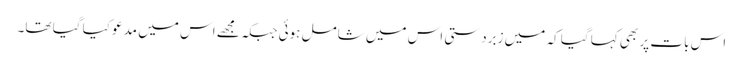
اس بات پر بھی کہا گیا کہ میں زبردستی اس میں شامل ہوئی جبکہ مجھے اس میں مدعو کیا گیا تھا۔